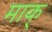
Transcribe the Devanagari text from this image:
माक्